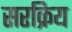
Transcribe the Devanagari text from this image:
सरक्रिय